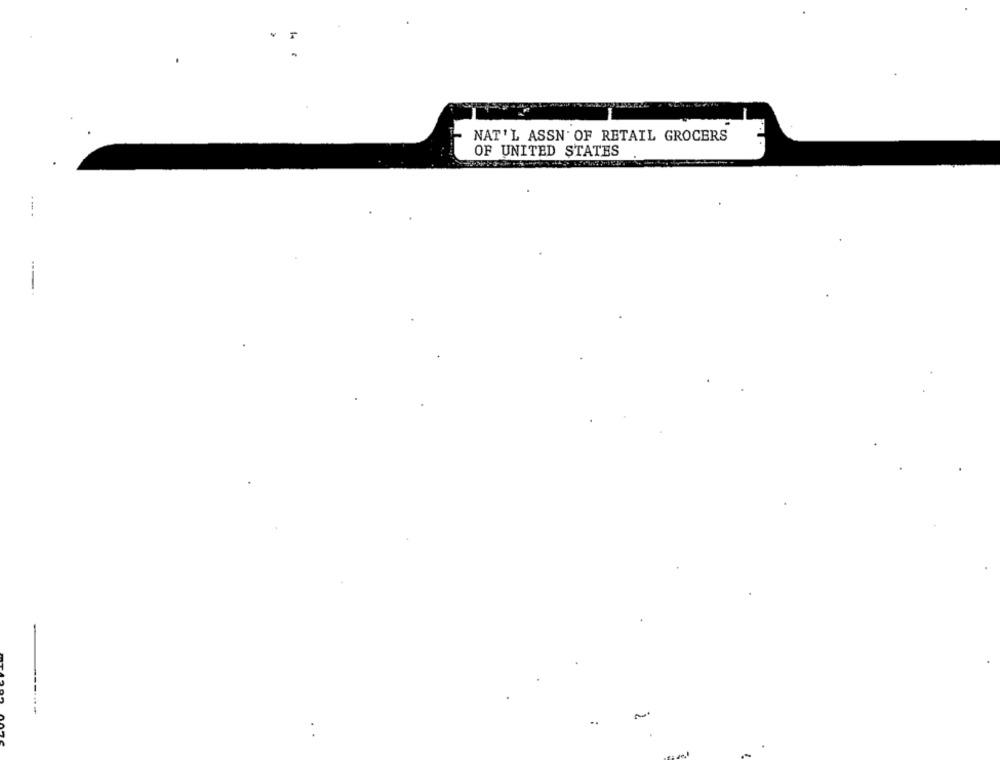
NAT'L ASSN' OF RETAIL GROCERS
OF UNITED STATES
---
..